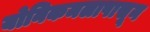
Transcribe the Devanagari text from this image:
योनिकमलापासून